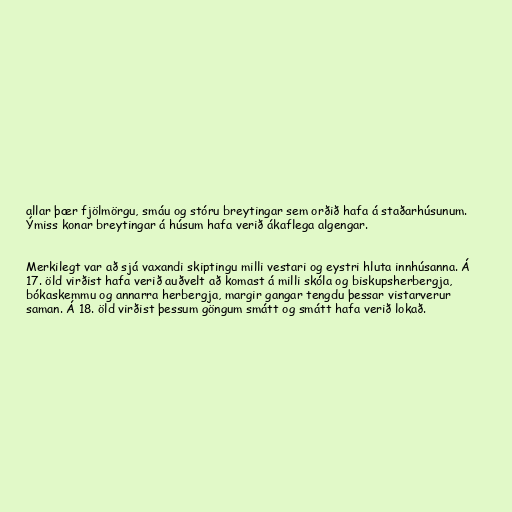
allar þær fjölmörgu, smáu og stóru breytingar sem orðið hafa á staðarhúsunum.
Ýmiss konar breytingar á húsum hafa verið ákaflega algengar.

Merkilegt var að sjá vaxandi skiptingu milli vestari og eystri hluta innhúsanna. Á
17. öld virðist hafa verið auðvelt að komast á milli skóla og biskupsherbergja,
bókaskemmu og annarra herbergja, margir gangar tengdu þessar vistarverur
saman. Á 18. öld virðist þessum göngum smátt og smátt hafa verið lokað.